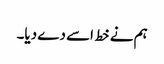
ہم نے خط اسے دے دیا۔